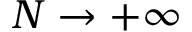
N \to + \infty